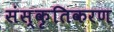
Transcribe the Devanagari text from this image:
संस्‍कृतिकरण